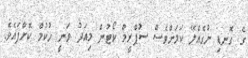
ގެ ގޮނޑި ނުގެއްލޭ ކަމަށްވެސް ސުޕްރީމް ކޯޓުން މިއަދު ވަނީ ހުކުމް ކޮށްފައެވެ.